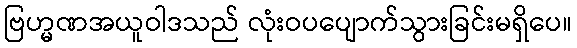
ဗြဟ္မဏအယူဝါဒသည် လုံးဝပပျောက်သွားခြင်းမရှိပေ။